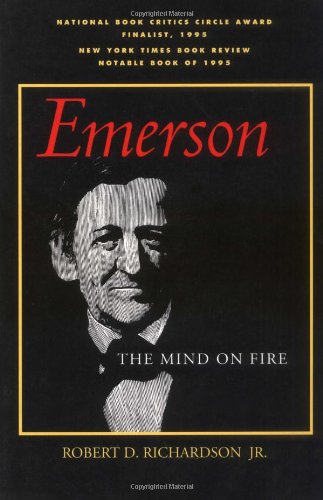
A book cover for Emerson: The Mind on Fire (Centennial Books); Robert D. Richardson; Literature & Fiction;